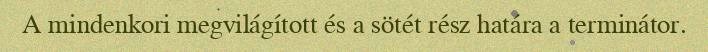
A mindenkori megvilágított és a sötét rész határa a terminátor.